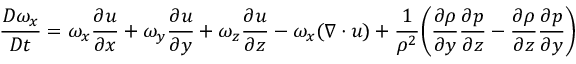
\frac { D \omega _ { x } } { D t } = \omega _ { x } \frac { \partial u } { \partial x } + \omega _ { y } \frac { \partial u } { \partial y } + \omega _ { z } \frac { \partial u } { \partial z } - \omega _ { x } ( \boldsymbol { \nabla \cdot u } ) + \frac { 1 } { \rho ^ { 2 } } \bigg ( \frac { \partial \rho } { \partial y } \frac { \partial p } { \partial z } - \frac { \partial \rho } { \partial z } \frac { \partial p } { \partial y } \bigg )